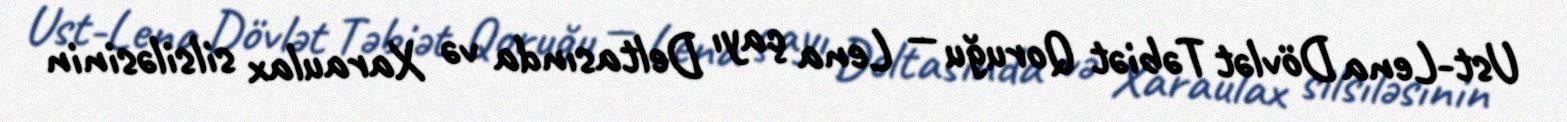
Ust-Lena Dövlət Təbiət Qoruğu — Lena çayı Deltasında və Xaraulax silsiləsinin